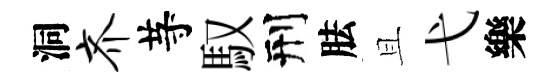
洞齐䒭馭刑胠且弋樂